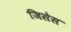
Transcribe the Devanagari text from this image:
जिसेस